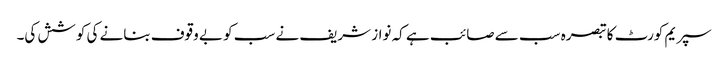
سپریم کورٹ کا تبصرہ سب سے صائب ہے کہ نواز شریف نے سب کو بے وقوف بنانے کی کوشش کی۔